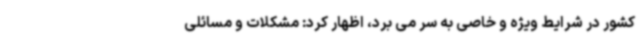
کشور در شرایط ویژه و خاصی به سر می برد، اظهار کرد: مشکلات و مسائلی